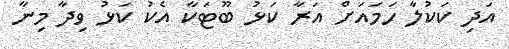
އަދި ކަކުލާ ހަމައަށް އަރާ ކަޅު ބޫޓަކާ އެކު ކަޅު ވިދާ މިނާ